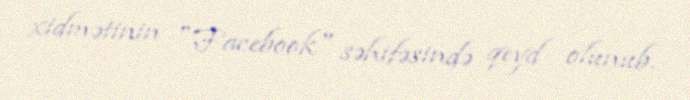
xidmətinin "Facebook" səhifəsində qeyd olunub.